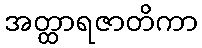
အတ္ထာရဇာတိကာ